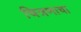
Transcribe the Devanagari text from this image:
चित्रणाचा